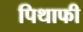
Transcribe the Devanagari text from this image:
पिथाफी